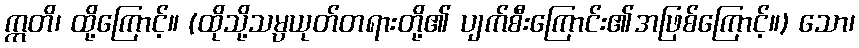
ဣတိ၊ ထို့ကြောင့်။ (ထိုသို့သမ္ပယုတ်တရားတို့၏ ပျက်စီးကြောင်း၏အဖြစ်ကြောင့်။) သော၊